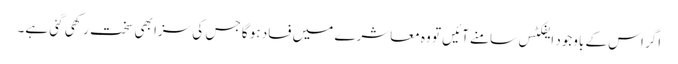
اگر اس کے باوجود ایفکٹس سامنے آئیں تو وہ معاشرے میں فساد ہو گا جس کی سزا بھی سخت رکھی گئی ہے۔